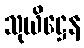
သုယိဋ္ဌေန